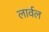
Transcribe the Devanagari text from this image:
लार्वल